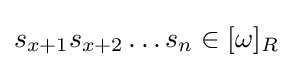
s_{x+1}s_{x+2}\dots s_{n}\in [\omega ]_{R}